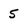
Character: 5